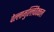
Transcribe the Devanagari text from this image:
वेल्लामुल्लिवैक्कल